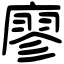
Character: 廖